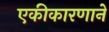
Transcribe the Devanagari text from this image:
एकीकारणाने